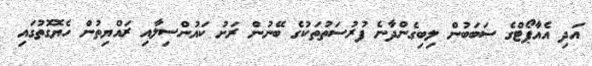
އަދި އެއާޕޯޓްގެ ސަބަބުން ލިބިގެންދާނެ ފުރުސަތުތަކުގެ ބޭނުން ރަށު ކައުންސިލާއި ރައްޔިތުން ހެޔޮގޮތުގައި